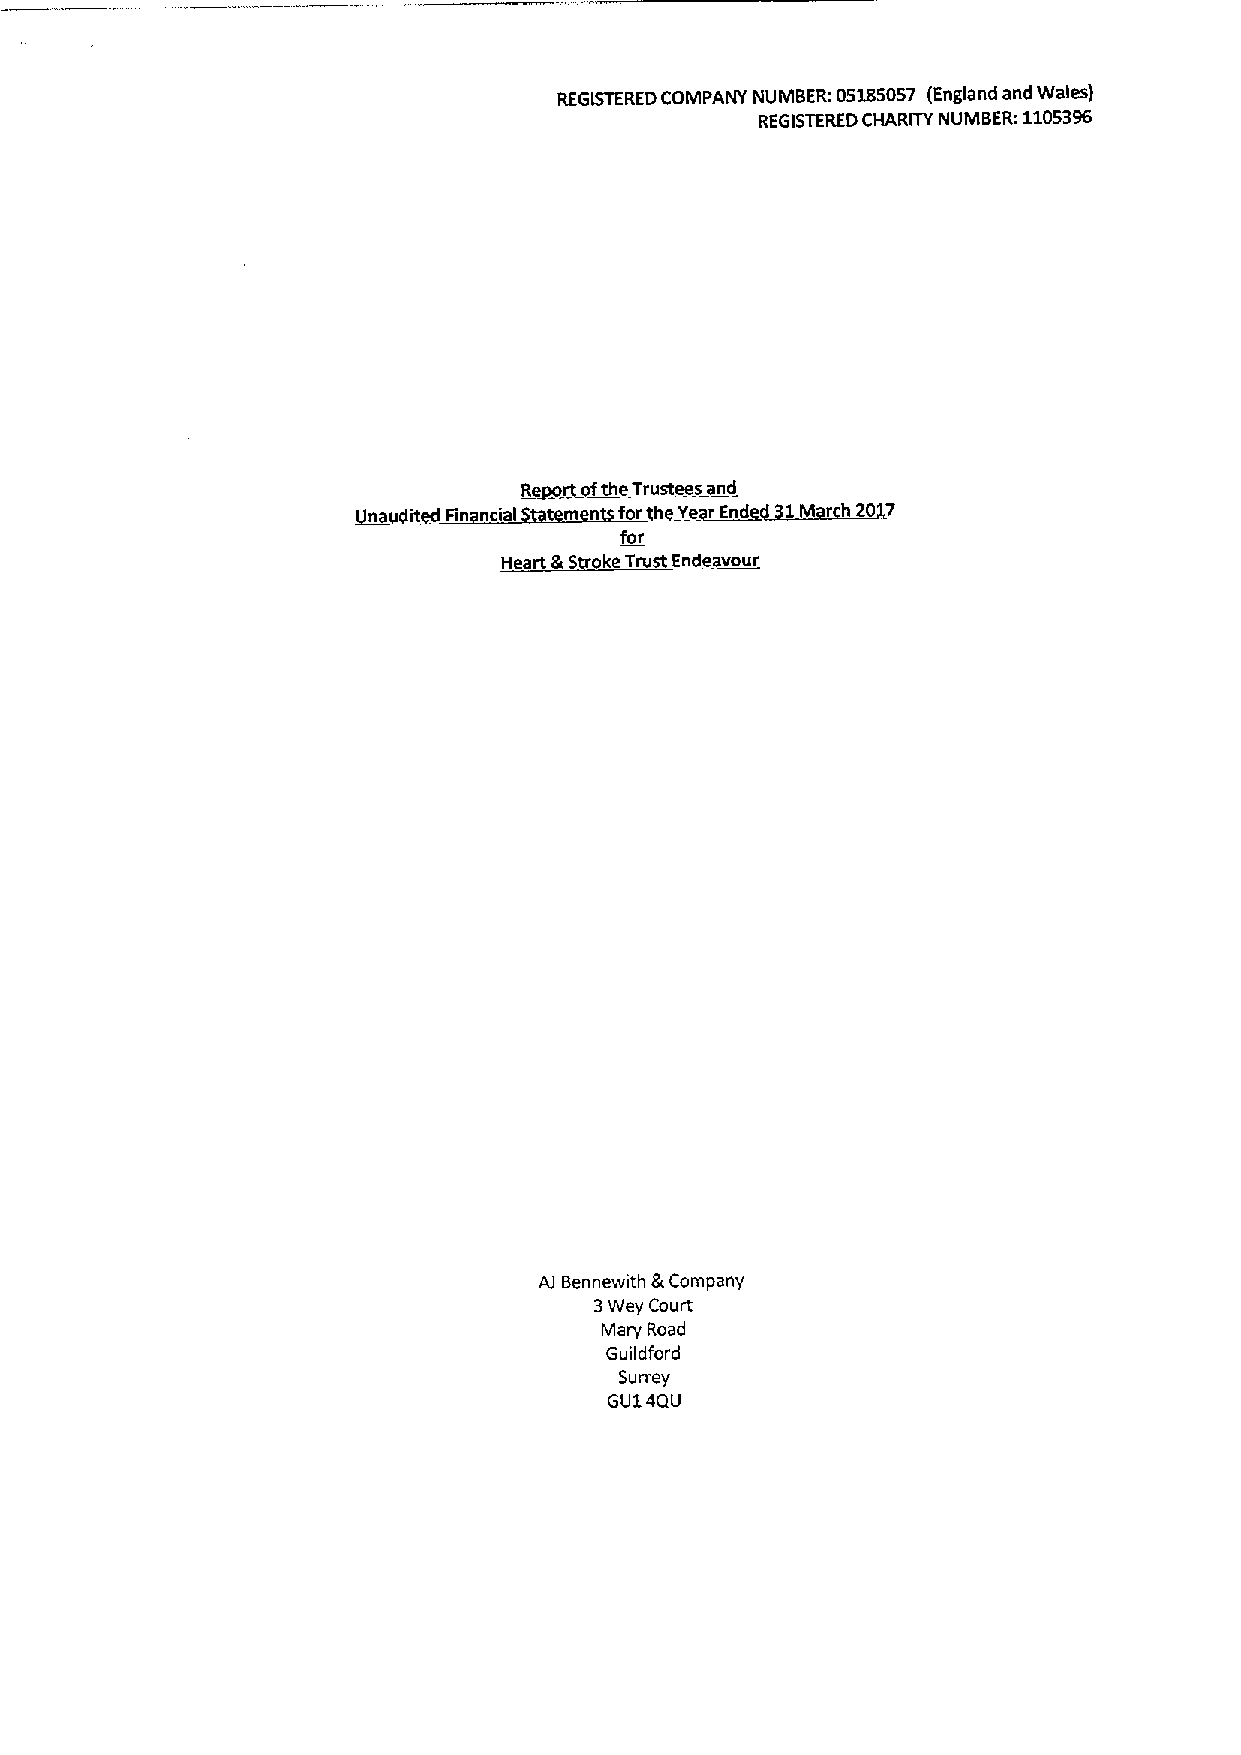
REGSTEREDCOMPANY NUMBER. 05185057 (England and Wales)
 REGISTEREDCHARITY NUMBER: 1105396
 Report ofthe Trustees and
 F   il      1   Y  Ed~1M   h2D
 for
 Heart &Strok Trust Endeavour
 Al Bennewith &Company
 3Wey Court
 Mary Road
 6 uildford
 Surrey
 GU14QU